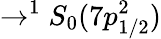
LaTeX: \rightarrow^{1}S_{0}(7p_{1/2}^{2})